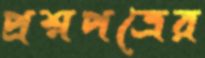
প্রশ্নপত্রের